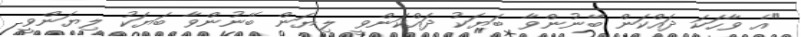
"އެ ވާހަކަ ދައްކަން ބޭނުންވާ ބަޔަކު ދައްކަންވީ ލިޔަން ބޭނުންވާ ބަޔަކު ލިޔަންވީ.